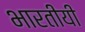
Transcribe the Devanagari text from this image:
भारतीयी